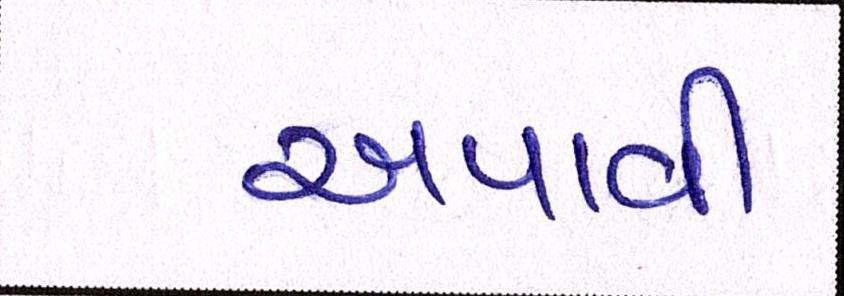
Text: અપાવી